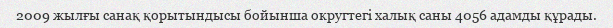
2009 жылғы санақ қорытындысы бойынша округтегі халық саны 4056 адамды құрады.